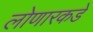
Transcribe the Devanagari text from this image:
लोणारकडे